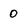
Character: 0